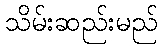
သိမ်းဆည်းမည်